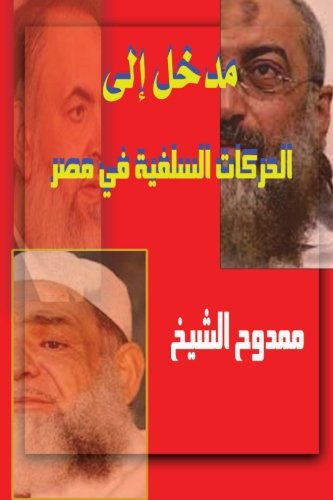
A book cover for Introduction to: Salafi movements in Egypt (Arabic Edition); Mamdouh Al-shikh; Religion & Spirituality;